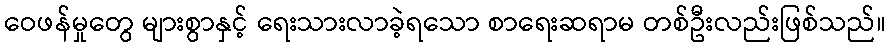
ဝေဖန်မှုတွေ များစွာနှင့် ရေးသားလာခဲ့ရသော စာရေးဆရာမ တစ်ဦးလည်းဖြစ်သည်။